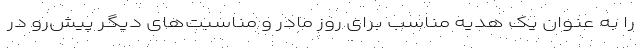
را به عنوان یک هدیه مناسب برای روز مادر و مناسبت‌های دیگر پیش‌رو در